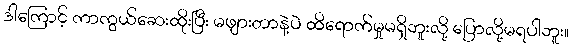
ဒါကြောင့် ကာကွယ်ဆေးထိုးပြီး မဖျားတာနဲ့ပဲ ထိရောက်မှုမရှိဘူးလို့ ပြောလို့မရပါဘူး။